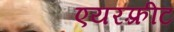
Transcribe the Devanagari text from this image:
एयरफ़्रीट